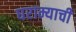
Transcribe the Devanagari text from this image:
घराम्याची